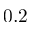
0 . 2